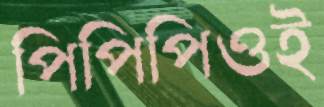
পিপিপিওই